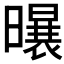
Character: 𪱆